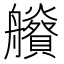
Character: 𦫂